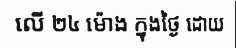
លើ ២៤ ម៉ោង ក្នុងថ្ងៃ ដោយ